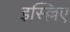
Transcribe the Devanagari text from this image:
इस्ल्लिए